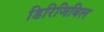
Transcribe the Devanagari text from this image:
डिरिजिबिल